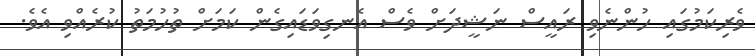
ވެރިކަމުގައި ހުންނެވި ރައީސް ނަޝީދަށް ވެސް އެނގިވަޑައިގެން ކަމަށް ތުހުމަތު ކުރެއްވި އެވެ.